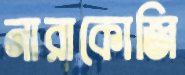
নারাকোজি